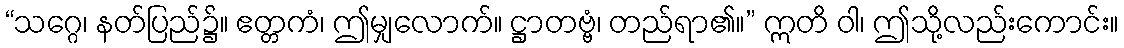
“သဂ္ဂေ၊ နတ်ပြည်၌။ ဧတ္တကံ၊ ဤမျှလောက်။ ဋ္ဌာတဗ္ဗံ၊ တည်ရာ၏။” ဣတိ ဝါ၊ ဤသို့လည်းကောင်း။